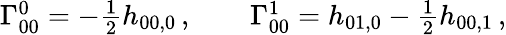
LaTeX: \begin{array}{r}{\Gamma_{00}^{0}=-\frac 12h_{00,0}\, ,\qquad\Gamma_{00}^{1}=h_{01,0}-\frac 12h_{00,1}\, ,}\end{array}